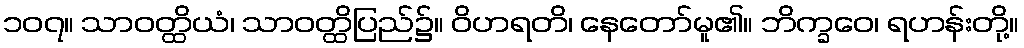
၁၀၇။ သာဝတ္ထိယံ၊ သာဝတ္ထိပြည်၌။ ဝိဟရတိ၊ နေတော်မူ၏။ ဘိက္ခဝေ၊ ရဟန်းတို့။